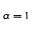
\alpha = 1